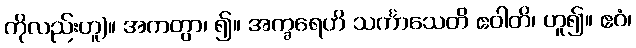
ကိုလည်းဟူ)။ အကတွာ၊ ၍။ အက္ခရေဟိ သင်္ကာသေတိ ဧဝါတိ၊ ဟူ၍။ ဧဝံ၊